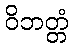
ဝိဘတ္တံ